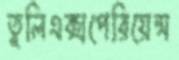
তুলিএক্সপেরিয়েন্স